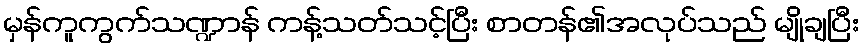
မှန်ကူကွက်သဏ္ဍာန် ကန့်သတ်သင့်ပြီး စာတန်၏အလုပ်သည် မျိုချပြီး